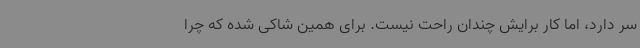
سر دارد، اما کار برایش چندان راحت نیست. برای همین شاکی شده که چرا